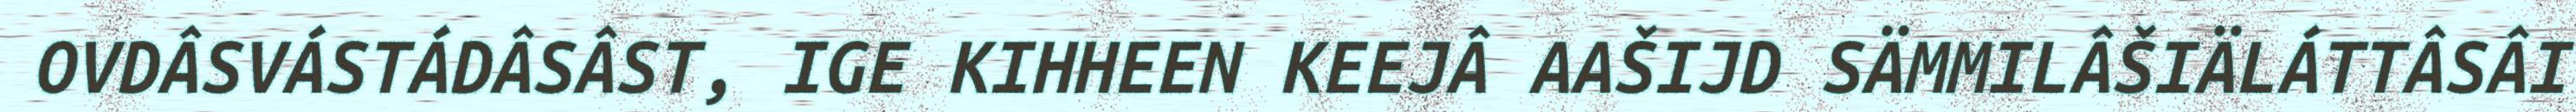
OVDÂSVÁSTÁDÂSÂST, IGE KIHHEEN KEEJÂ AAŠIJD SÄMMILÂŠIÄLÁTTÂSÂI